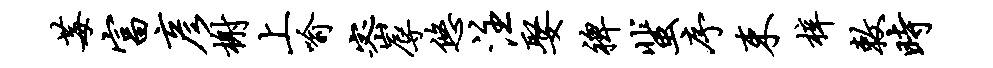
莓富彦榭上喻密辱悠注娶裨蜚序束梓敕时